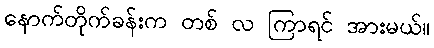
နောက်တိုက်ခန်းက တစ် လ ကြာရင် အားမယ်။